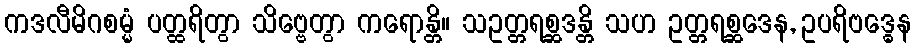
ကဒလီမိဂစမ္မံ ပတ္ထရိတွာ သိဗ္ဗေတွာ ကရောန္တိ။ သဥတ္တရစ္ဆဒန္တိ သဟ ဥတ္တရစ္ဆဒေန, ဥပရိဗဒ္ဓေန